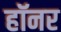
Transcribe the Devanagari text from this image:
हॉनर